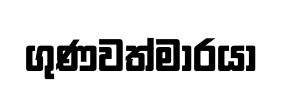
ගුණවත්මාරයා